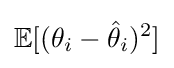
\mathbb {E} [(\theta _{i}-{\hat {\theta }}_{i})^{2}]